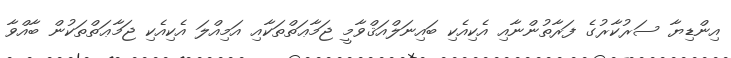
އިންޑިޔާ ސަރުކާރުގެ ފަރާތުންނާއި އެކިއެކި ބައިނަލްއަޤްވާމީ ޖަމާޢަތްތަކާއި އަމިއްލަ އެކިއެކި ޖަމާޢަތްތަކުން ބާއްވާ